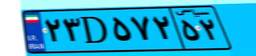
۲۳D۵۷۲۵۲